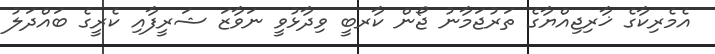
އެމެރިކާގެ ޚާރިޖިއްޔާގެ ތަރުޖަމާނު ޖޯން ކާރބީ ވިދާޅުވީ ނަވާޒަ ޝަރީފާއި ކެރީގެ ބައްދަލު